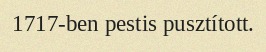
1717-ben pestis pusztított.